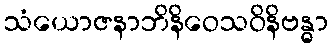
သံယောဇနာဘိနိဝေသဝိနိဗန္ဓာ